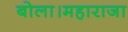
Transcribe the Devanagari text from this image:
बोला।महाराजा